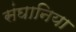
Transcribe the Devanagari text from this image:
संघानिया